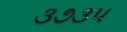
૩૭૩૫